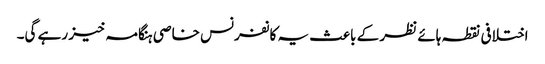
اختلافی نقطہ ہائے نظر کے باعث یہ کانفرنس خاصی ہنگامہ خیز رہے گی۔